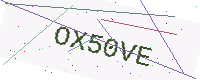
Text: OX50VE